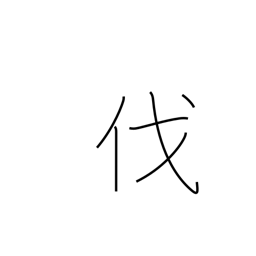
Meaning: strike